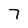
Character: 7